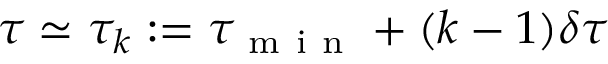
\tau \simeq \tau _ { k } : = \tau _ { \mathrm { ~ m ~ i ~ n ~ } } + ( k - 1 ) \delta \tau